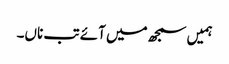
ہمیں سمجھ میں آئے تب ناں۔